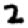
Digit: 2